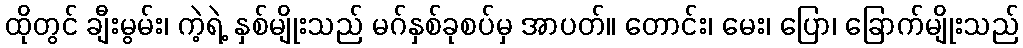
ထိုတွင် ချီးမွမ်း၊ ကဲ့ရဲ့ နှစ်မျိုးသည် မဂ်နှစ်ခုစပ်မှ အာပတ်။ တောင်း၊ မေး၊ ပြော၊ ခြောက်မျိုးသည်